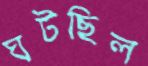
ঘটছিল